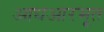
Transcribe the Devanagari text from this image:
आधआरभूत